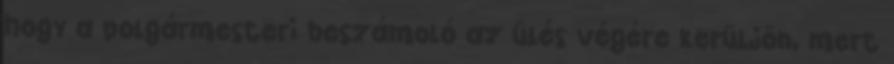
hogy a polgármesteri beszámoló az ülés végére kerüljön, mert